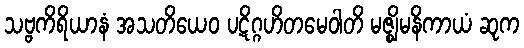
သဗ္ဗကိရိယာနံ အသတိယေဝ ပဋိဂ္ဂဟိတမေဝါတိ မဇ္ဈိမနိကာယံ ဆုက